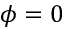
\phi = 0